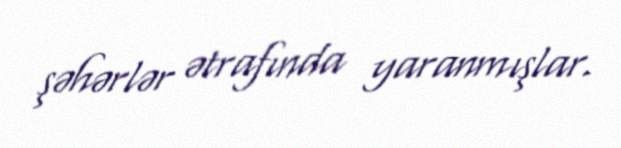
şəhərlər ətrafında yaranmışlar.